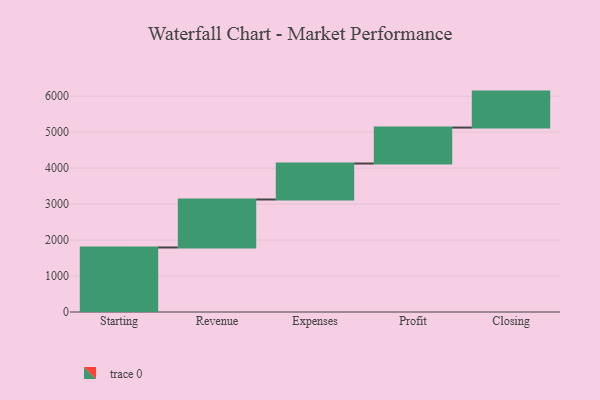
{"axis": {"x": "Step", "y": "Value"}, "legend": [""], "data": [{"x": "Starting", "y": 1794.0, "type": ""}, {"x": "Revenue", "y": 1334.0, "type": ""}, {"x": "Expenses", "y": 1000, "type": ""}, {"x": "Profit", "y": 1000, "type": ""}, {"x": "Closing", "y": 1000, "type": ""}]}